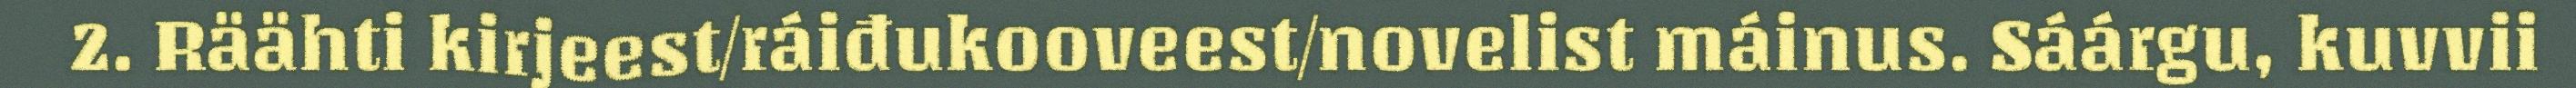
2. Räähti kirjeest/ráiđukooveest/novelist máinus. Sáárgu, kuvvii